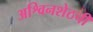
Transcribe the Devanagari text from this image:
अश्विनशेठची